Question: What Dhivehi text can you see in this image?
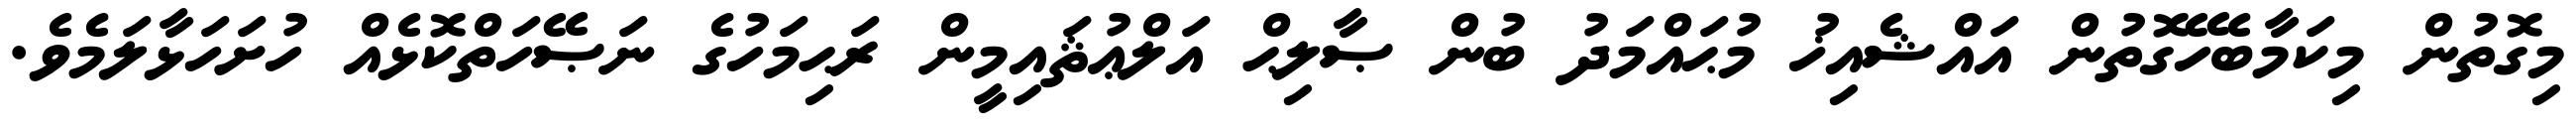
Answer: މިގޮތުން މިކަމާބެހޭގޮތުން އައްޝެއިޚު މުޙައްމަދު ބުން ޞާލިޙް އަލްޢުޘައިމީން ރަޙިމަހުގެ ނަޞޭހަތްކޮޅެއް ހުށަހަޅާލަމެވެ.